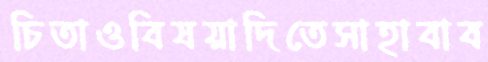
চিতাওবিষয়াদিতেসাহাবাব